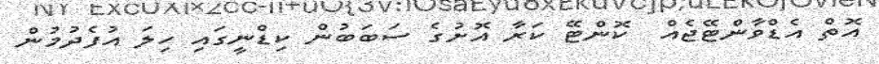
އޮތް އެޑްވާންޓޭޖެއް  ކޮންޓޭ ކަރާ އޮށުގެ ސަބަބުން ކިޑްނީގައި ހިލަ އުފެދުމުން